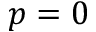
p = 0